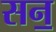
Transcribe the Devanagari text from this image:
सन॒